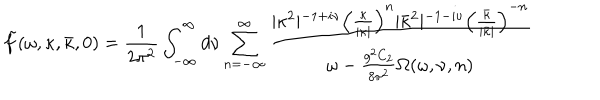
LaTeX: \tilde { f } ( \omega , \kappa , \bar { \kappa } , 0 ) = \frac { 1 } { 2 \pi ^ { 2 } } \int _ { - \infty } ^ { \infty } d \nu \sum _ { n = - \infty } ^ { \infty } { \frac { \vert \kappa ^ { 2 } \vert ^ { - 1 + i \nu } \left( { \frac { \kappa } { \vert \kappa \vert } } \right) ^ { n } \vert \bar { \kappa } ^ { 2 } \vert ^ { - 1 - i \nu } \left( { \frac { \bar { \kappa } } { \vert \bar { \kappa } \vert } } \right) ^ { - n } } { \omega - \frac { g ^ { 2 } C _ { 2 } } { 8 \pi ^ { 2 } } \Omega ( \omega , \nu , n ) } }